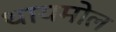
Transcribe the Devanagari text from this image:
थायमोल